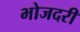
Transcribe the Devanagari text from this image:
भोजदरी